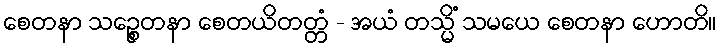
စေတနာ သဉ္စေတနာ စေတယိတတ္တံ - အယံ တသ္မိံ သမယေ စေတနာ ဟောတိ။